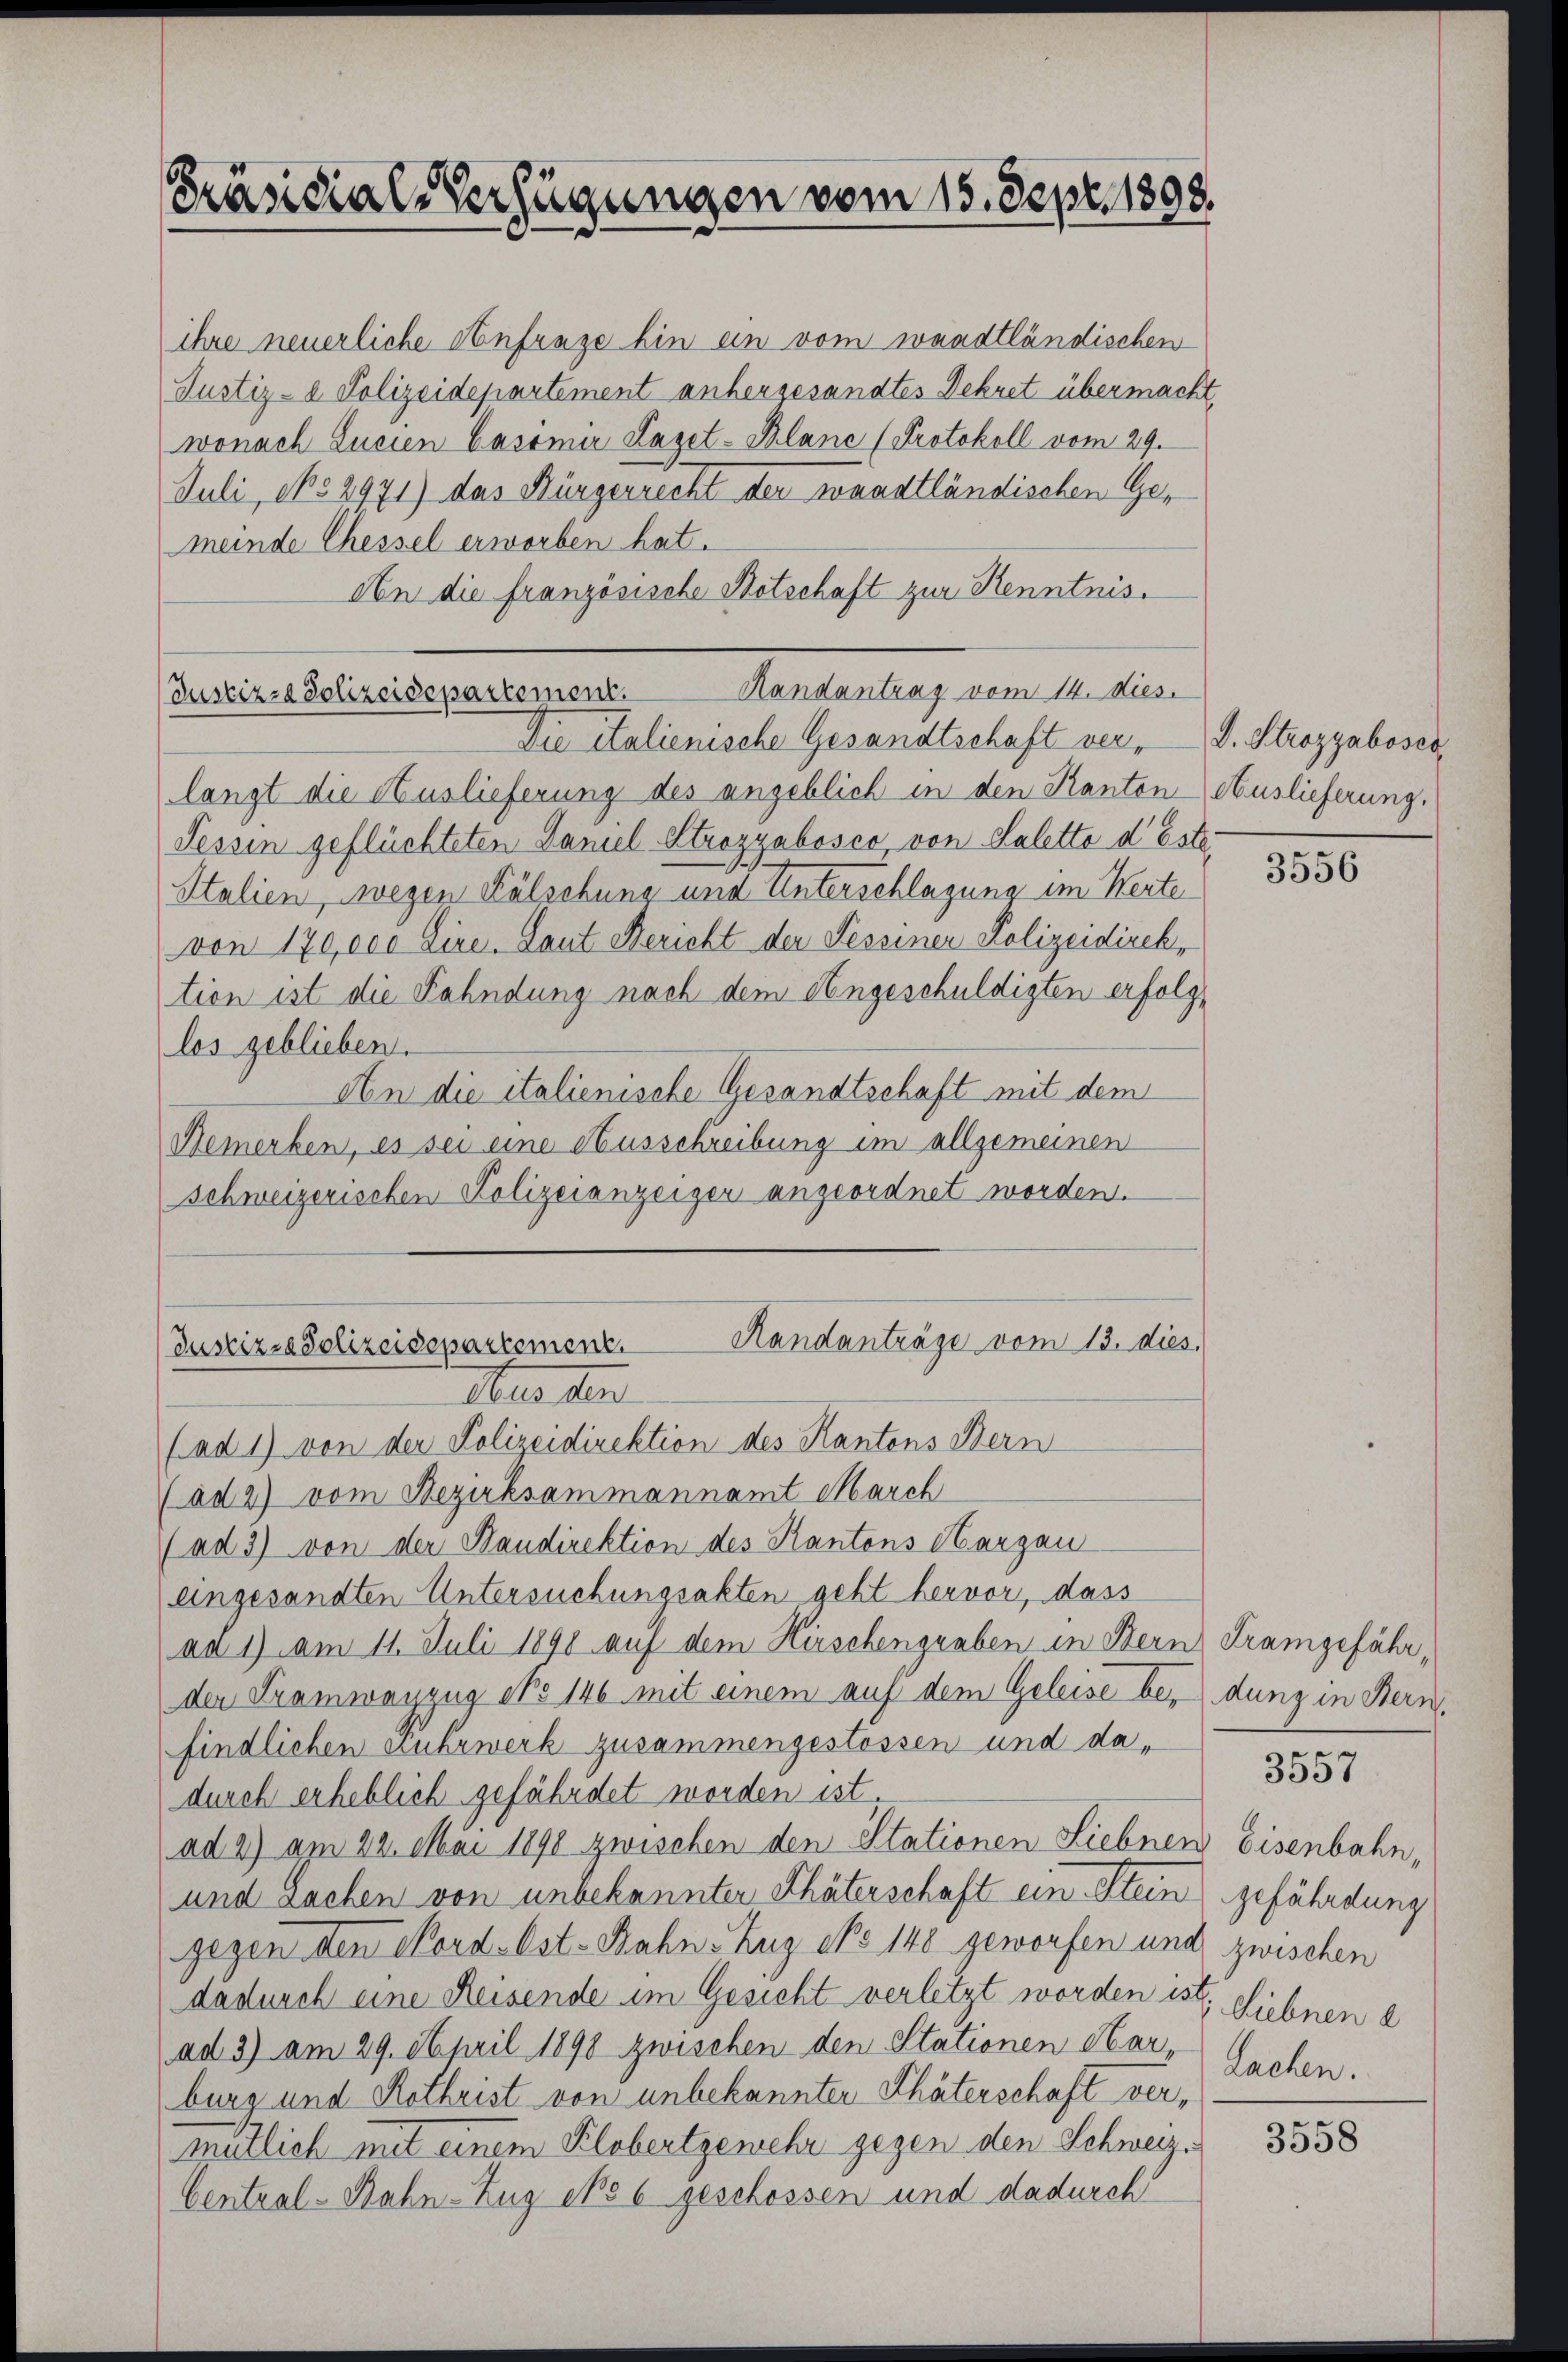
Präsidial-Verfügungen vom 15. Sept. 1808.

ihre neuerliche Anfrage hin ein vom waadtländischen
Justiz- & Polizeidepartement anhergesandtes Dekret übermacht,
wonach Lucien Casimir Laget-Blanc (Protokoll vom 29.
Juli, No 2971) das Bürgerrecht der waadtländischen Gemeinde Chessel erworben hat.
An die französische Botschaft zur Kenntnis.
Randantrag vom 14. dies
Die italienische Gesandtschaft verlangt die Auslieferung des angeblich in den Kanton Auslieferung.
Tessin geflüchteten Daniel Strozyabosco, von Salette deste
Italien, wegen Fälschung und Unterschlagung im Werte
von 170,000 Eire. Laut Bericht der Tessiner Polizeidirek,
tion ist die Fahndung nach dem Angeschuldigten erfolglos geblieben.
An die italienische Gesandtschaft mit dem
Bemerken, es sei eine Ausschreibung im allgemeinen
Schweizerischen Polizeianzeiger angeordnet worden.
Handanträge vom 13. dies
Justizza Polizeidepartement.
Aber der
(ad 1) von der Polizeidirektion des Kantons Bern
(ad 2) vom Bezirksammannamt March
(ad 3) von der Handirektion des Kantons Aargau
eingesandten Untersuchungsakten geht hervor, dass
ad 1) am 11. Juli 1890 auf dem Hirschengraben in Bern Tramgefähr,
der Tramwayzug No 146 mit einem auf dem Geleise bey dung in Stern.
findlichen Fuhrwerk zusammengestossen und dadurch erheblich gefährdet worden ist
ad 2) am 22. Mai 1890 zwischen den Stationen Siebnen Eisenbahn,
und sachen von unbekannter Thäterschaft ein Stein
gegen den Mord- Ost-Bahn: Zug No 140 geworfen und zwischen
dadurch eine Reisende im Gesicht verletzt worden ist. Siebnen d
ad 3) am 29. April 1898 zwischen den Stationen Har-
burg und Kothrist von unbekannter Thäterschaft vermütlich mit einem Klobertgewehr gegen den Schweiz.
Central-Bahn-Zug epo 6 geschossen und dadurch

Justiz- & Polizeidepartement.

D. Strozyaboser

3556

3557

gefährdung
Sachen.

3558